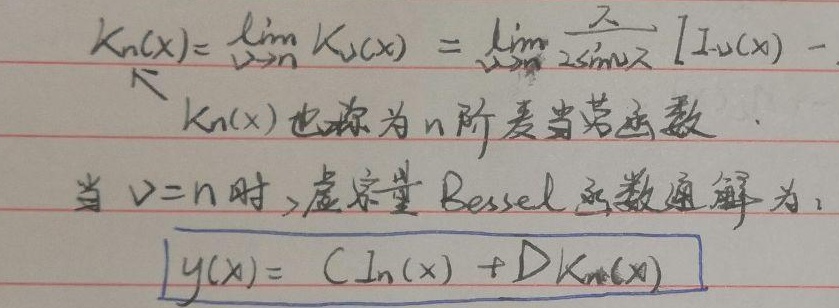
\[
\begin{align*}
K_{n}(x)&=\lim_{\nu\rightarrow n}K_{\nu}(x)=\lim_{\nu\rightarrow n}\frac{\pi}{2\sin \nu\pi}[I_{-\nu}(x)-\\
\end{align*}
\]
$K_{n}(x)$也称为$n$阶麦当劳函数。
\[
\begin{align*}
&\text{当}\nu = n\text{时}, \text{虚宗量Bessel函数通解为}:\\
&y(x)=CI_{n}(x)+DK_{n}(x)
\end{align*}
\]